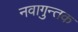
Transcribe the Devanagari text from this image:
नवागुन्तक